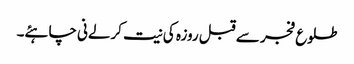
طلوع فجر سے قبل روزہ کی نیت کرلےنی چاہئے۔